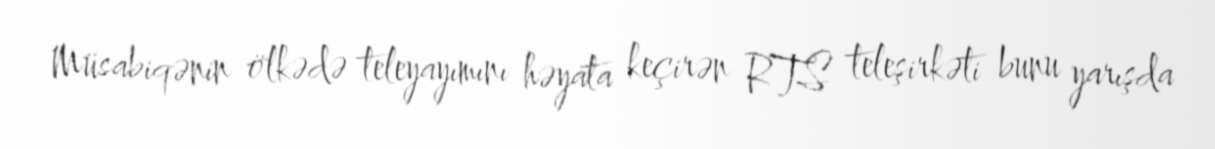
Müsabiqənin ölkədə teleyayımını həyata keçirən RTS teleşirkəti bunu yarışda